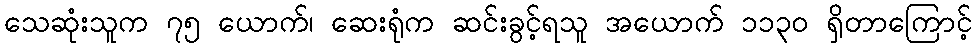
သေဆုံးသူက ၇၅ ယောက်၊ ဆေးရုံက ဆင်းခွင့်ရသူ အယောက် ၁၁၃၀ ရှိတာကြောင့်